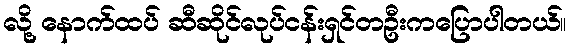
လို့ နောက်ထပ် ဆီဆိုင်လုပ်ငန်းရှင်တဦးကပြောပါတယ်။